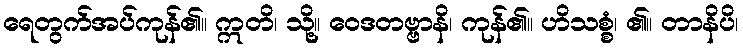
ရေတွက်အပ်ကုန်၏။ ဣတိ၊ သို့။ ဝေဒတဗ္ဗာနိ၊ ကုန်၏။ ဟိသစ္စံ၊ ၏။ တာနိပိ၊